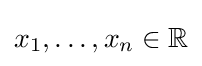
x_{1},\dots ,x_{n}\in \mathbb {R}